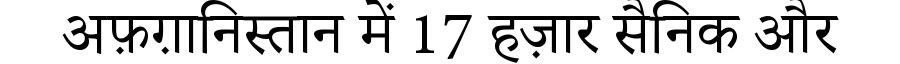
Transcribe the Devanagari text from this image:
अफ़ग़ानिस्तान में 17 हज़ार सैनिक और